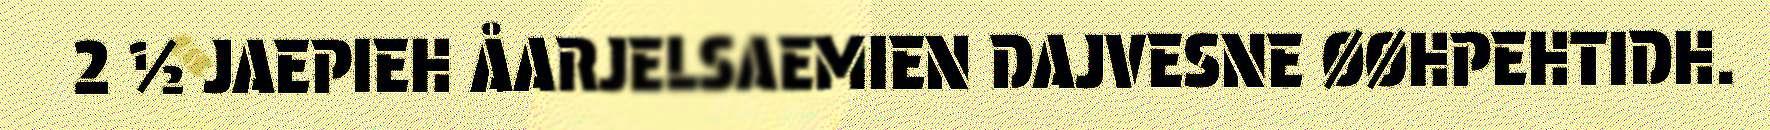
2 ½ JAEPIEH ÅARJELSAEMIEN DAJVESNE ØØHPEHTIDH.